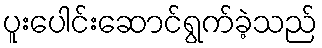
ပူးပေါင်းဆောင်ရွက်ခဲ့သည်